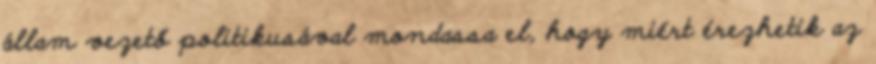
állam vezető politikusával mondassa el, hogy miért érezhetik az